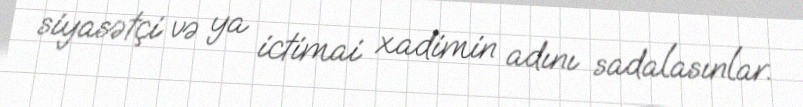
siyasətçi və ya ictimai xadimin adını sadalasınlar.